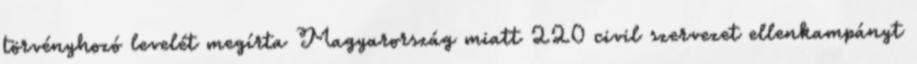
törvényhozó levelét megírta Magyarország miatt 220 civil szervezet ellenkampányt